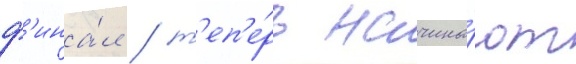
ф'ина́л / т'еп'е́рь начина́ют